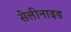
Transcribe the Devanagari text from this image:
सेलीनाइड